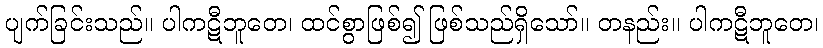
ပျက်ခြင်းသည်။ ပါကဋီဘူတေ၊ ထင်စွာဖြစ်၍ ဖြစ်သည်ရှိသော်။ တနည်း။ ပါကဋီဘူတေ၊